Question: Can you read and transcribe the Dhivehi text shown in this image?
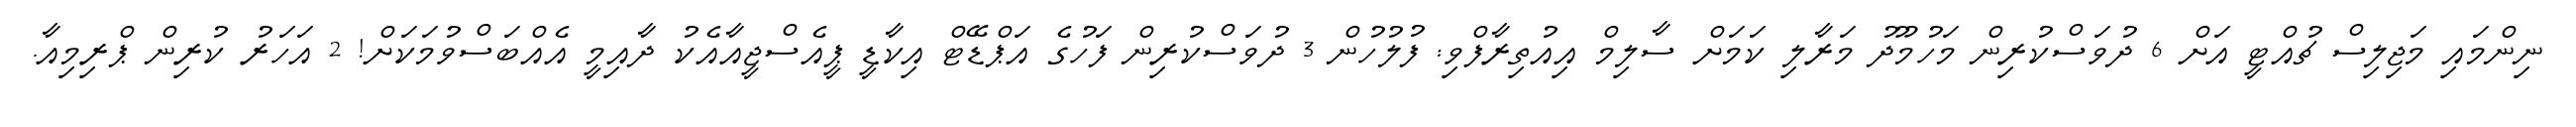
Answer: ނިންމައި މަޖިލިސް ޗުއްޓީ އަށް 6 ދުވަސްކުރިން މަހުމޫދު މަރާލި ކަމަށް ސާލިމް އިއުތިރާފްވި: ފުލުހުން 3 ދުވަސްކުރިން ފަހުގެ އަޕްޑޭޓް އިކާޑީ ޕީއެސްޖީއާއެކު ދާއިމީ އެއްބަސްވުމަކަށް! 2 އަހަރު ކުރިން ޕްރިމިއާ.